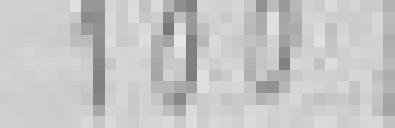
entrée : 100 kilos